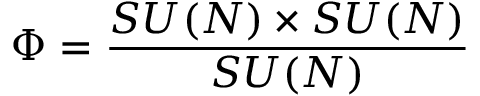
\Phi = { \frac { S U ( N ) \times S U ( N ) } { S U ( N ) } }